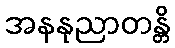
အနနုညာတန္တိ